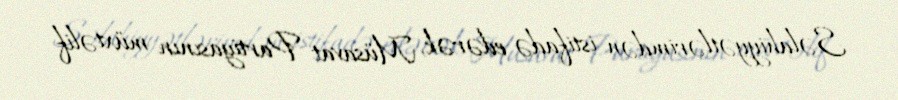
Səlahiyyətlərimdən istifadə edərək, Müsavat Partiyasının müxtəlif